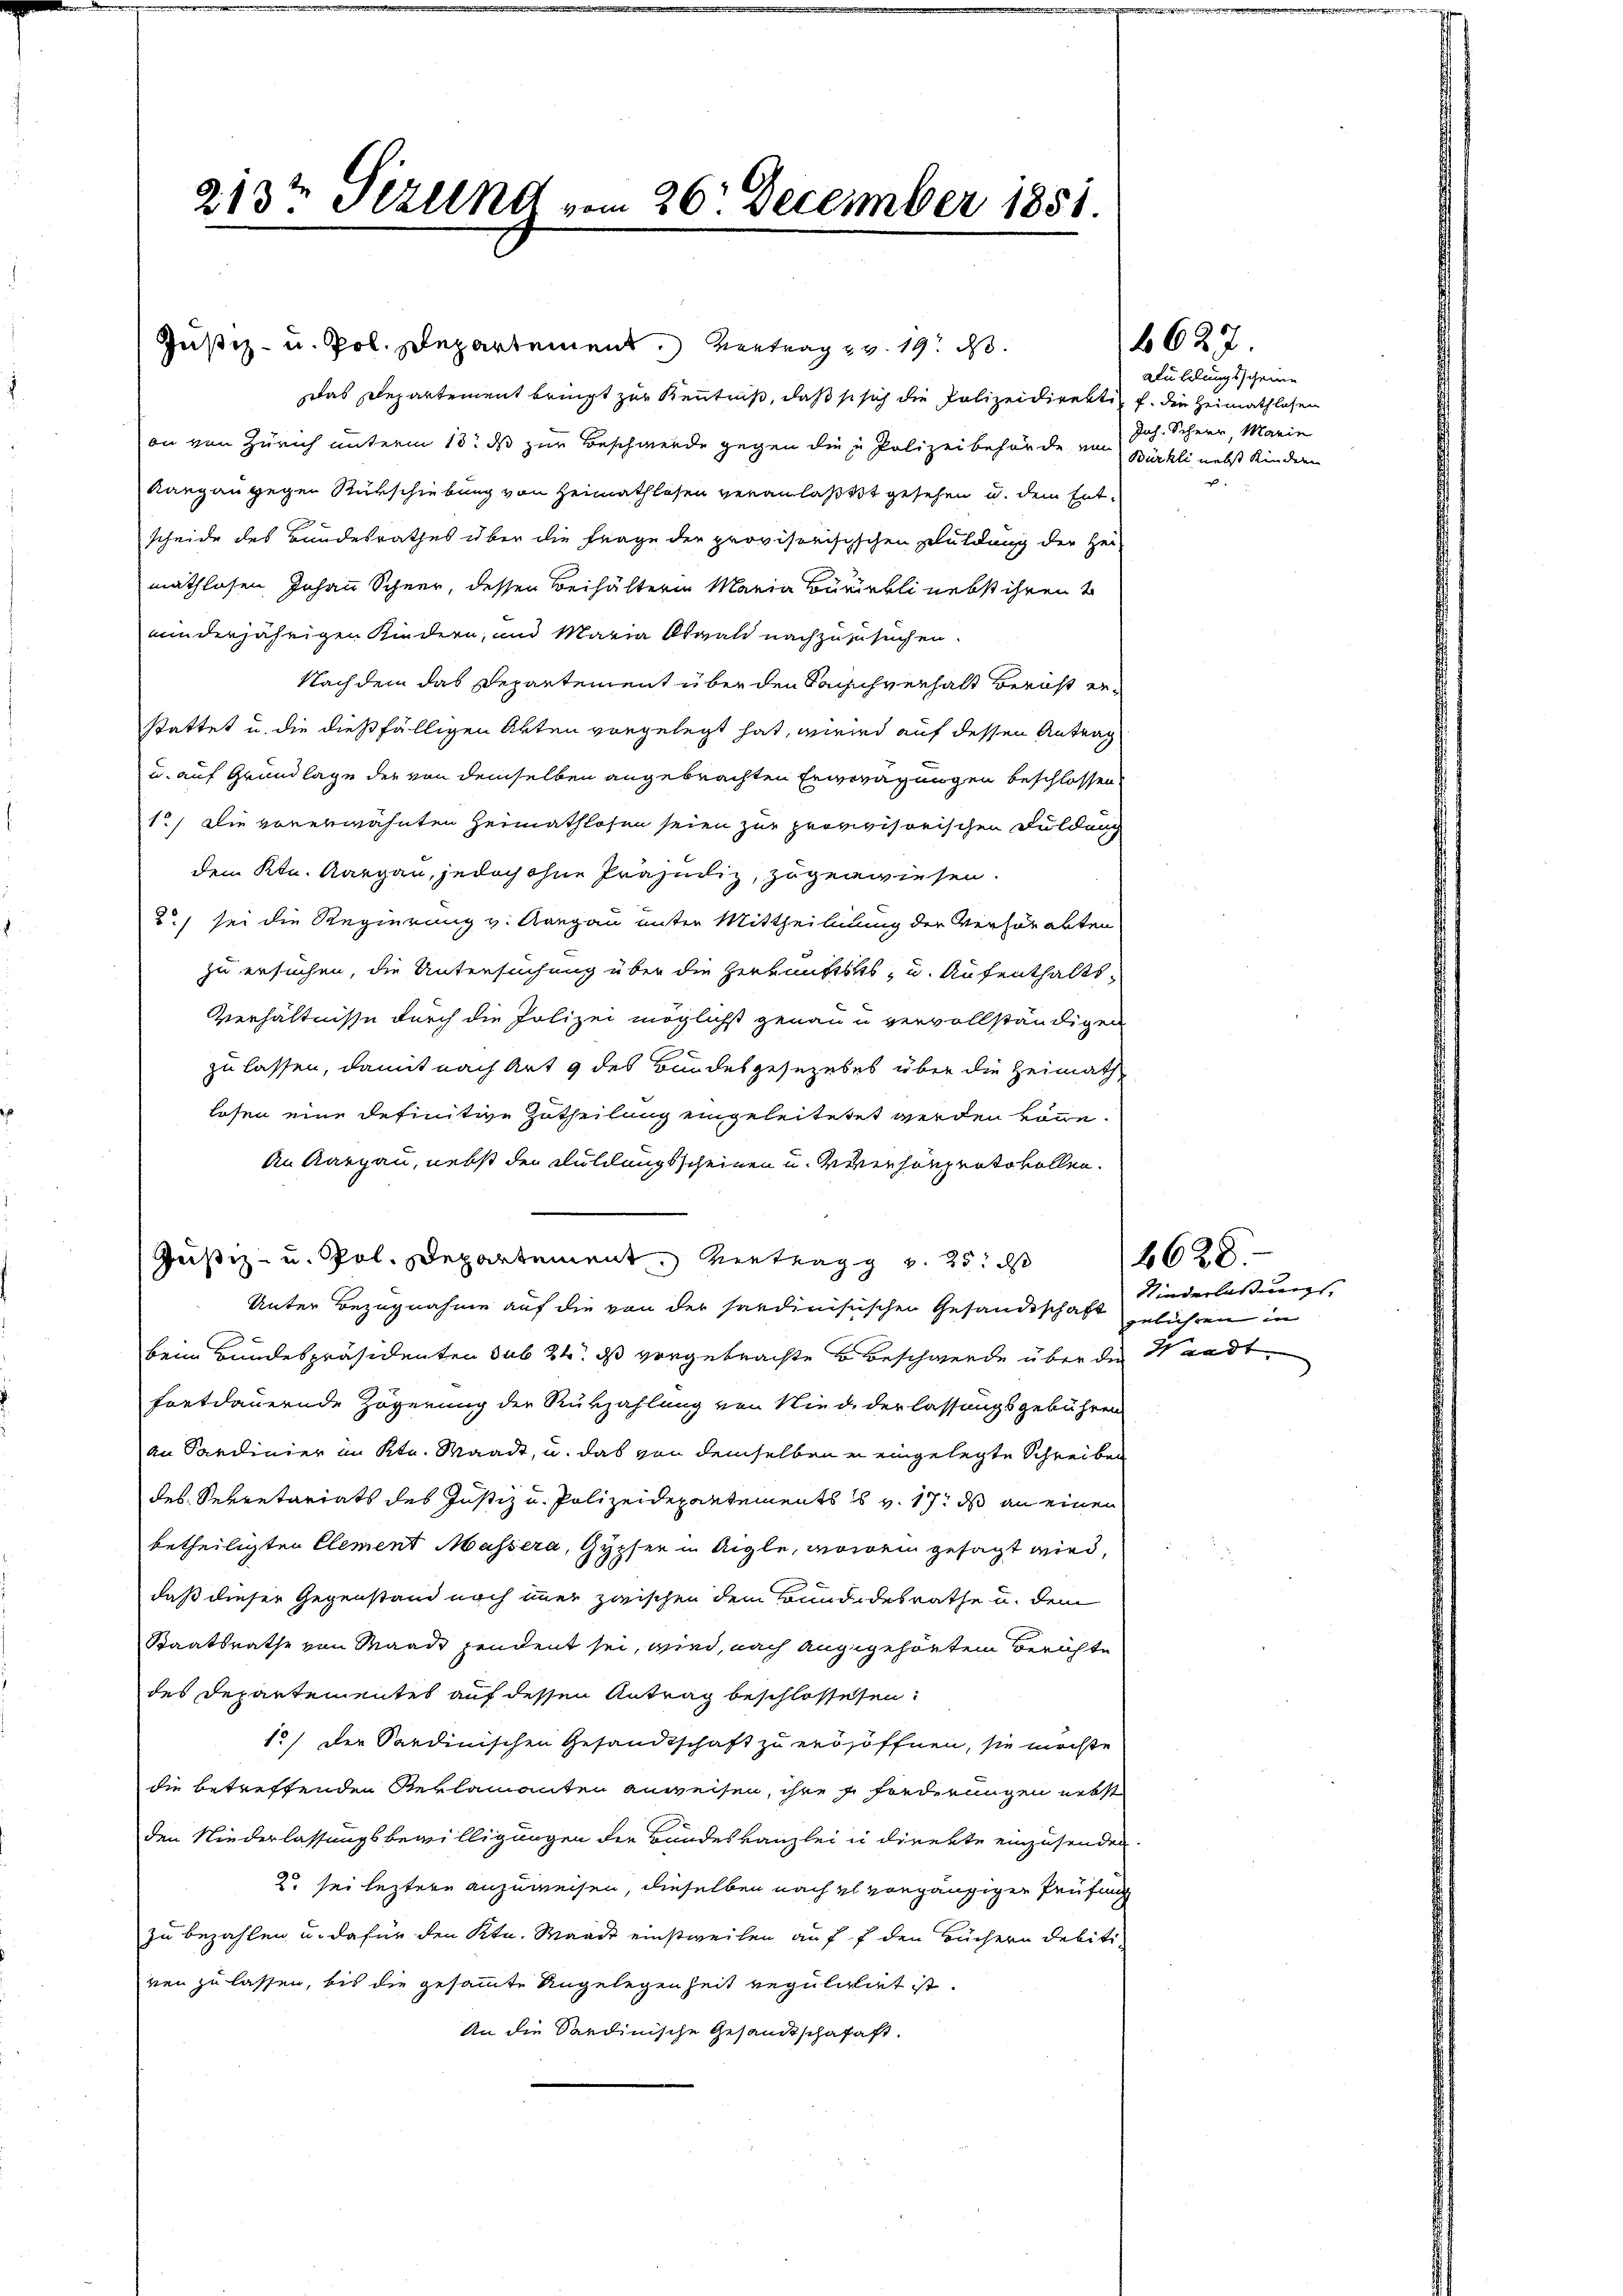
213t Jezelnd vom 26. December 1851.

Justiz- u. Pol. Departement. Vertrag v. 19. ds.
das Departement bringt zur Kenntniß, daß so sich die Polizeidirekti- f. die Heimathlosen
on von Zürich unterm 13t ds zur Beschwerde gegen die Polizeibehörde von Joh. Scheer, Marie
kangangegen Rückschiebung von Heimathlosen veranlaßt gesehen u. dem Ent-
scheide des Bundesrathes über die Frage der provisorisischen Schuldung der Her-
mathlosen Johann Schner, dessen Beihälterin Maria Buwirkli nebst ihren
miinderjährigen Kindern, und Maria Oswald nachzuzusuchen.
Nachdem das Departement über den Sachverhalt Bericht erstattet u. die dießfälligen Akten vorgelegt hat, wird auf dessen Antrag
u. auf Grundlage der von demselben angebrachten Erwägungen beschlossen.
1.) Die vorerwähnten Heimathlosen seien zur provivisorischen Duldung
dem Ktn. Aargau, jedoch ohne Präjudiz, zugewiesen.
.) sei die Regierung v. Aargau unter Mittheilung der Verhörabten
zu ersuchen, die Untersuchung über die Herkunftsks- u. Aufenthalts¬
Verhältnisse durch die Polizei möglichst genau u vervollständigen
zu lassen, damit nach Art 9 des Bundesgesezetes über die Heimath
losen eine definitive Zutheilung eingeleitetet werden könne.
An Aargau, nebst der Füllungsscheinen u. evenhangentovollen.
Justiz- u. Pol. Departement Vertrag v. 25. ds
Unter Bezugnahme auf die von der hardinistischen Gesandtschaft gebühren in
beim Bundespräsidenten sub 24. ds vorgebrachte Beschwerde über die Waadt
fortdauernde Zögerung der Rükzahlung von Niede der lassungsgebühren
an Sardinier im Ktn. Waadt, u. das von demselben er eingelegte Schreiben
des Sekretariats des Justiz u. Polizeidepartements s. v. 17. ds an einen
betheiligten Element Massera, Gypfer in Aigle, sowein gesagt wird,
daß dieser Gegenstand noch immer zwischen dem Bundendesrathe u. dem
Staatsrathe von Waadt pendent sei, wird, nach angegehörten Berichte
des Departementes auf dessen Antrag beschlossesen:
15) der Sardinischen Gesandtschaft zu erdsöffnen, sie möchte
die betreffenden Reklamanten anweisen, ihre s. forderungen nebst
den Niederlassungsbewilligungen der Bundeskanzlei in direkte einzusenden.
2 sei leztere anzuweisen, dieselben nach es vorgängigen Prüfung
zu bezahlen u. dafür den Ktn. Waadt einstweilen auff den Büchern debiti-
ven zu lassen, bis die gesammte Angelegenheit Regulilirt ist.
An die Sardinische Gesandtschafaft.

Auhlungsscheine
Bürkli nebst Kindern

6627

4628.
Kinderlassungs